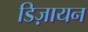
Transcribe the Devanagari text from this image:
डिज़ायन